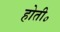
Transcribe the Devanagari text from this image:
होती॰